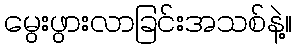
မွေးဖွားလာခြင်းအသစ်နဲ့။